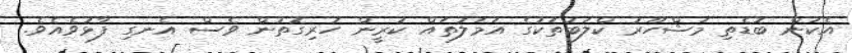
އެކަން ބޮޑެތި މަޝްހޫރު ކްލަބުތަކުގެ އަމަލުތައް ކުރީން ހުރިގޮތުން ވެސް އެނގި ފާޅުވެއެވެ.